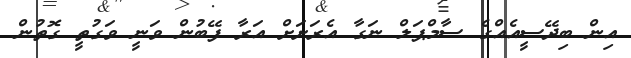
އިން ބިދޭސީއެއްގެ ސާމްޕަލް ނަގާ އެރަށަށް އަރާ ފޭބުން ވަނީ ވަގުތީ ގޮތުން